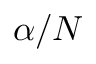
\alpha / N